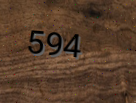
594